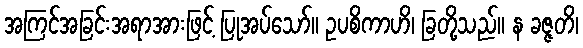
အကြင်အခြင်းအရာအားဖြင့် ပြုအပ်သော်။ ဥပစိကာဟိ၊ ခြတို့သည်။ န ခဇ္ဇတိ၊